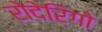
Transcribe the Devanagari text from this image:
रोदेरिगो